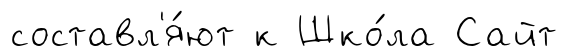
составл'я́ют к Шко́ла Сайт